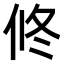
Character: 𠗆